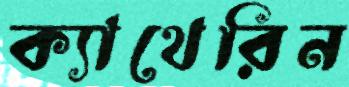
ক্যাথেরিন